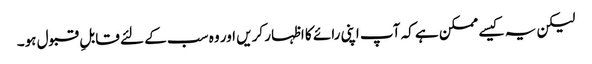
لیکن یہ کیسے ممکن ہے کہ آپ اپنی رائے کا اظہار کریں اور وہ سب کے لئے قابلِ قبول ہو۔